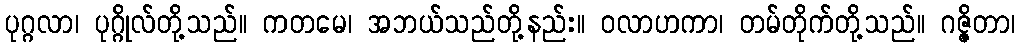
ပုဂ္ဂလာ၊ ပုဂ္ဂိုလ်တို့သည်။ ကတမေ၊ အဘယ်သည်တို့နည်း။ ဝလာဟကာ၊ တမ်တိုက်တို့သည်။ ဂဇ္ဇိတာ၊